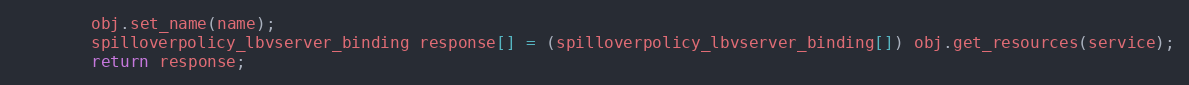
Language: Java
		obj.set_name(name);
		spilloverpolicy_lbvserver_binding response[] = (spilloverpolicy_lbvserver_binding[]) obj.get_resources(service);
		return response;